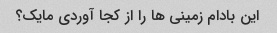
این بادام زمینی ها را از کجا آوردی مایک؟